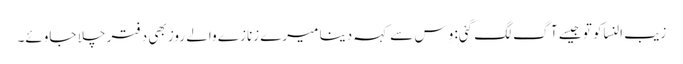
زیب النساکو تو جیسے آگ لگ گئی: وِس سے کہہ دینا میرے زنازے والے روز بھی دفتر چلا جاوئے۔